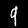
Digit: 9